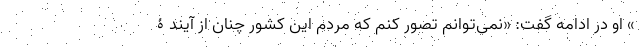
» او در ادامه گفت: «نمی‌توانم تصور کنم که مردم این کشور چنان از آیندۀ